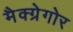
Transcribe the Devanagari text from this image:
मैक्ग्रेगोर